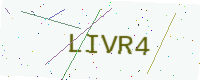
Text: LIVR4